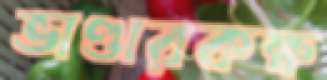
ভাণ্ডারকক্ষ